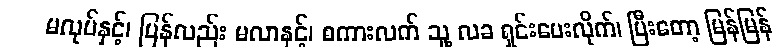
မလုပ်နှင့်၊ ပြန်လည်း မလာနှင့်၊ စကားလက် သူ့ လခ ရှင်းပေးလိုက်၊ ပြီးတော့ မြန်မြန်